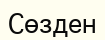
Сөзден